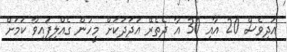
އަދިވެސް 20 އާއި 30 އާ ދެތެރޭ އަދަދަކަށް މީހުން ގެއްލިފައިވާ ކަމަށް